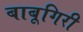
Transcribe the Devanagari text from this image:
बाबूगिरी